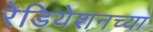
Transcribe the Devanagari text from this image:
रेडियेशनच्या